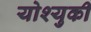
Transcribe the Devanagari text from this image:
योश्युकी